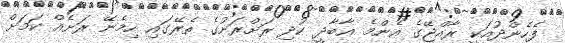
ފެހެންދުއަކީ ރާއްޖޭގެ އެންމެ އާބާދީ ކުދި ރަށްރަށުގެ ތެރޭގައި ހިމެނޭ ރަށެއް ކަމަށް